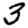
Digit: 3